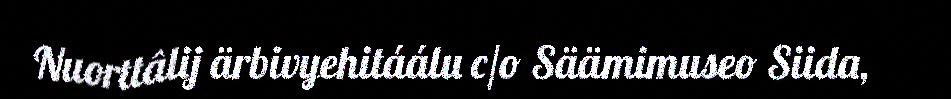
Nuorttâlij ärbivyehitáálu c/o Säämimuseo Siida,